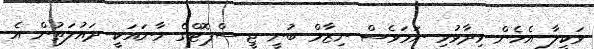
ވަކީލާ އެހެން ވިދާޅުވި ނަމަވެސް ނިޒާމް ބުނީ ޖީ-ސްޕޮޓްގެ މާނައަކީ ދައުލަތުން އެ